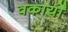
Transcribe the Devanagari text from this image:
वकार्यों